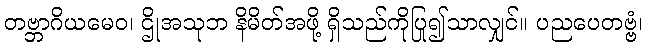
တဗ္ဘာဂိယမေဝ၊ ဌိုအသုဘ နိမိတ်အဖို့ ရှိသည်ကိုပြု၍သာလျှင်။ ပညပေတဗ္ဗံ၊